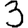
Digit: 3